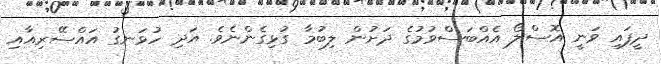
ދީފައި ވަނީ އޮސްލޯ އެއްބަސްވުމުގެ ދަށުން ލިބުމާ ގުޅިގެންނެވެ. އަދި ހުޅަނގު އައްސޭރިއާއި